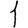
Digit: 1